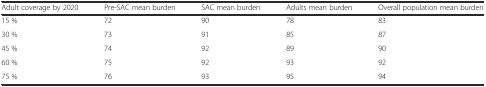
| Adult coverage by 2020 | Pre-SAC mean burden | SAC mean burden | Adults mean burden | Overall population mean burden |
 | --- | --- | --- | --- | --- |
 | 15 % | 72 | 90 | 78 | 83 |
 | 30 % | 73 | 91 | 85 | 87 |
 | 45 % | 74 | 92 | 89 | 90 |
 | 60 % | 75 | 92 | 93 | 92 |
 | 75 % | 76 | 93 | 95 | 94 |